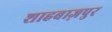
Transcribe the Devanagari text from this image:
शाहबाज़पुर